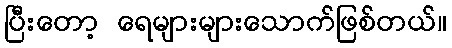
ပြီးတော့ ရေများများသောက်ဖြစ်တယ်။